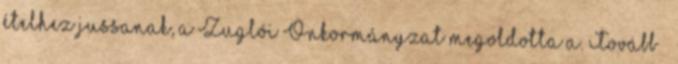
ételhez jussanak, a Zuglói Önkormányzat megoldotta a. Tovább ›